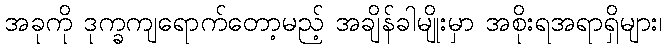
အခုကို ဒုက္ခကျရောက်တော့မည့် အချိန်ခါမျိုးမှာ အစိုးရအရာရှိများ၊